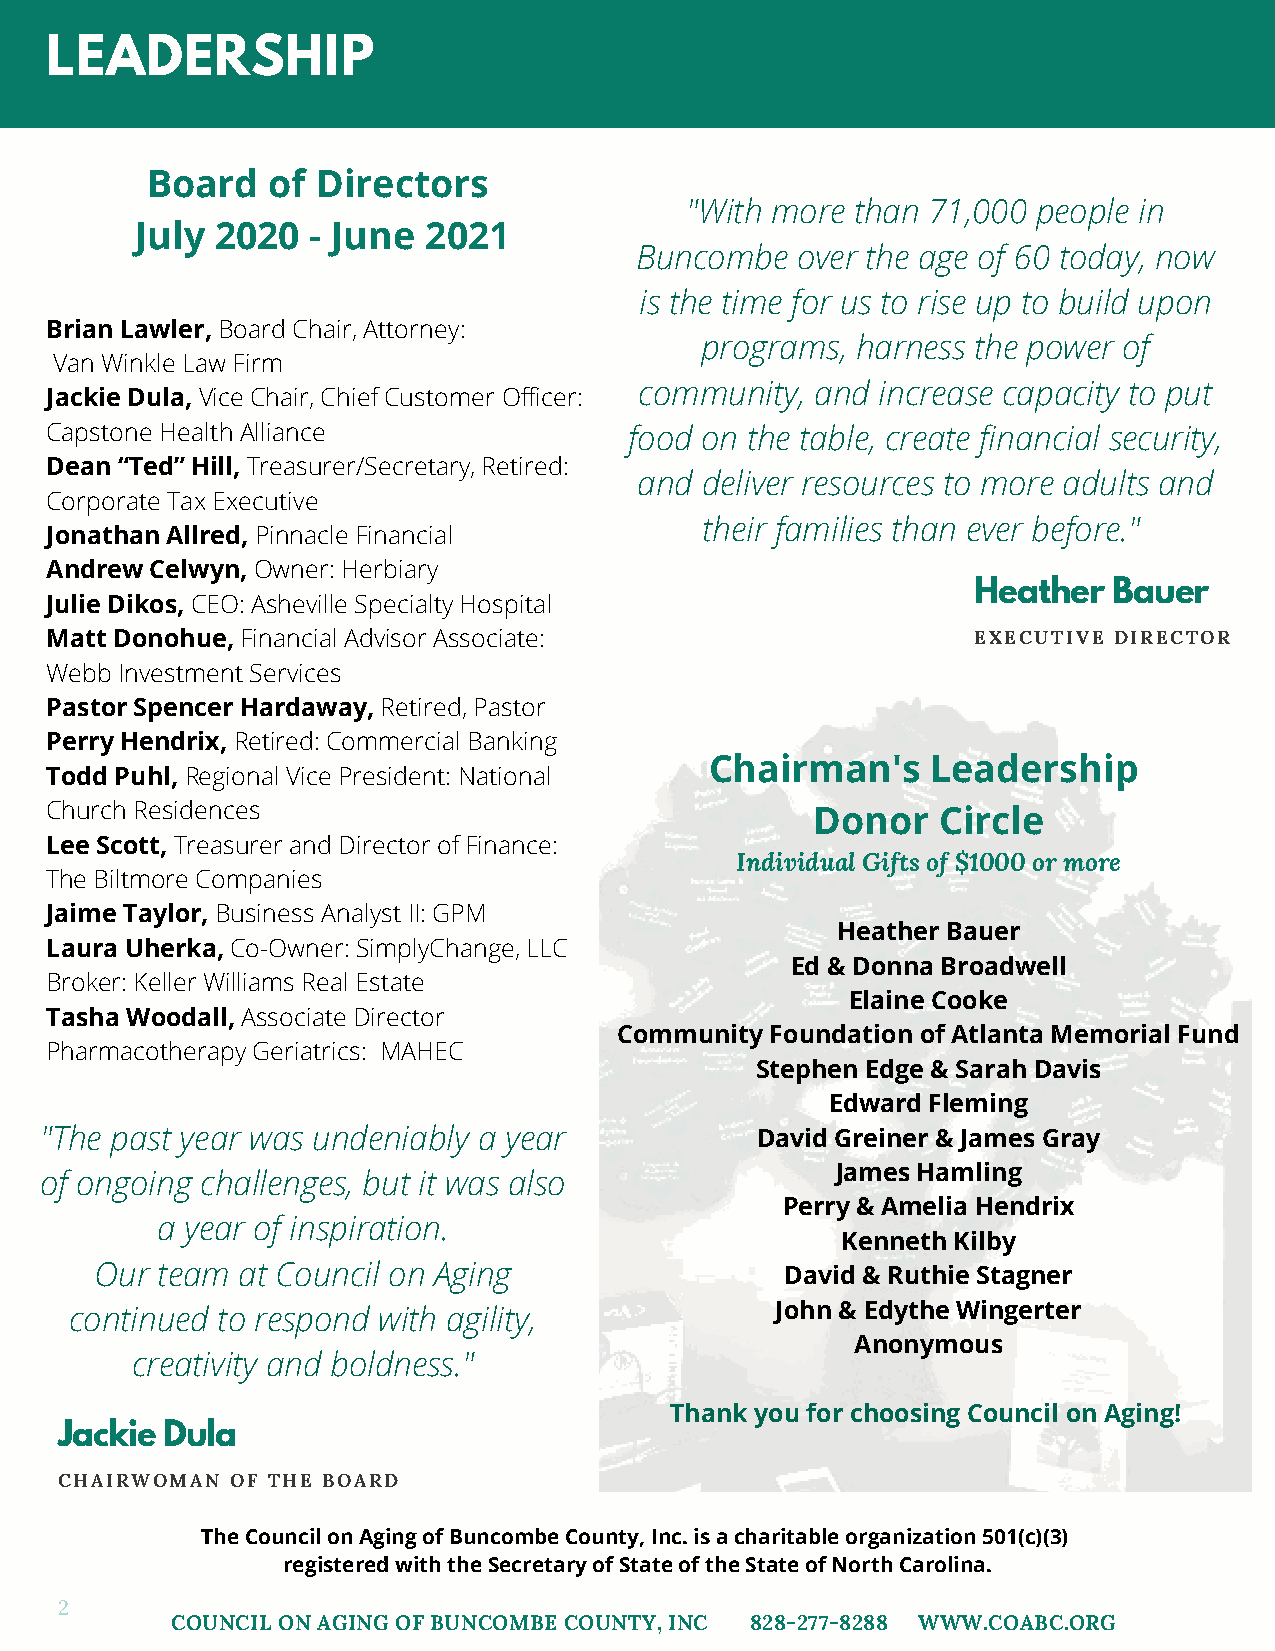
LEADERSHIP
 Board   of Directors
 "With more  than 71,000 people in
 July 2020   - June 2021
 Buncombe   over the age of 60 today, now
 is the time for us to rise up to build upon
 Brian Lawler, Board Chair, Attorney:
 programs,  harness the power of
 Van Winkle Law Firm
 community,  and increase capacity to put
 Jackie Dula, Vice Chair, Chief Customer Officer:
 Capstone Health Alliance               food on the table, create financial security,
 Dean “Ted” Hill, Treasurer/Secretary, Retired:
 and deliver resources to more adults and
 Corporate Tax Executive
 their families than ever before."
 Jonathan Allred, Pinnacle Financial
 Andrew Celwyn, Owner: Herbiary
 Heather  Bauer
 Julie Dikos, CEO: Asheville Specialty Hospital
 Matt Donohue, Financial Advisor Associate:                    EXECUTIVE DIRECTOR
 Webb Investment Services
 Pastor Spencer Hardaway, Retired, Pastor
 Perry Hendrix, Retired: Commercial Banking
 Chairman's     Leadership
 Todd Puhl, Regional Vice President: National
 Church Residences                                  Donor   Circle
 Lee Scott, Treasurer and Director of Finance:
 Individual Gifts of $1000 or more
 The Biltmore Companies
 Jaime Taylor, Business Analyst II: GPM
 Heather Bauer
 Laura Uherka, Co-Owner: SimplyChange, LLC
 Ed & Donna Broadwell
 Broker: Keller Williams Real Estate
 Elaine Cooke
 Tasha Woodall, Associate Director
 Community Foundation of Atlanta Memorial Fund
 Pharmacotherapy Geriatrics: MAHEC
 Stephen Edge & Sarah Davis
 Edward Fleming
 "The past year was undeniably a year           David Greiner & James Gray
 James Hamling
 of ongoing challenges, but it was also
 Perry & Amelia Hendrix
 a year of inspiration.
 Kenneth Kilby
 Our team  at Council on Aging                 David & Ruthie Stagner
 John & Edythe Wingerter
 continued to respond with agility,
 Anonymous
 creativity and boldness."
 Thank you for choosing Council on Aging!
 Jackie Dula
 CHAIRWOMAN OF THE BOARD
 The Council on Aging of Buncombe County, Inc. is a charitable organization 501(c)(3)
 registered with the Secretary of State of the State of North Carolina.
 2
 COUNCIL ON AGING OF BUNCOMBE COUNTY, INC 828-277-8288 WWW.COABC.ORG